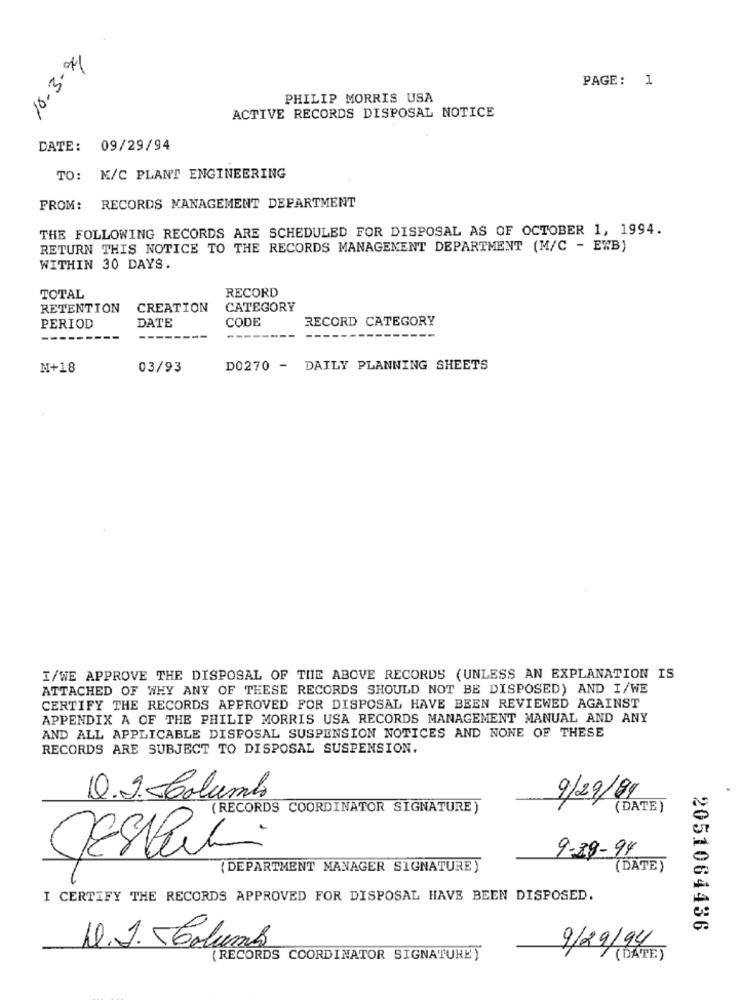
18-3-94
PAGE: 1
PHILIP MORRIS USA
ACTIVE RECORDS DISPOSAL NOTICE
DATE: 09/29/94
TO: N/C PLANT ENGINEERING
FROM: RECORDS MANAGEMENT DEPARTMENT
THE FOLLOWING RECORDS ARE SCHEDULED FOR DISPOSAL AS OF OCTOBER 1, 1994.
RETURN THIS NOTICE TO THE RECORDS MANAGEMENT DEPARTMENT (M/C - EWB)
WITHIN 30 DAYS.
RECORD
TOTAL
RETENTION
CREATION
CATEGORY
DATE
CODE
RECORD CATEGORY
PERIOD
M+18
03/93
D0270 - DAILY PLANNING SHEETS
I/WE APPROVE THE DISPOSAL OF THE ABOVE RECORDS (UNLESS AN EXPLANATION IS
ATTACHED OF WHY ANY OF THESE RECORDS SHOULD NOT BE DISPOSED) AND I/WE
CERTIFY THE RECORDS APPROVED FOR DISPOSAL HAVE BEEN REVIEWED AGAINST
APPENDIX A OF THE PHILIP MORRIS USA RECORDS MANAGEMENT MANUAL AND ANY
AND ALL APPLICABLE DISPOSAL SUSPENSION NOTICES AND NONE OF THESE
RECORDS ARE SUBJECT TO DISPOSAL SUSPENSION.
Q.2. Columb
9/29/89
(RECORDS COORDINATOR SIGNATURE )
(DATE)
9-28-94
JESPER.
(DEPARTMENT MANAGER SIGNATURE)
(DATE )
I CERTIFY THE RECORDS APPROVED FOR DISPOSAL HAVE BEEN DISPOSED.
2051064436
9/29/94
D.J. - Columb
(RECORDS COORDINATOR SIGNATURE)
(DATE)